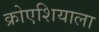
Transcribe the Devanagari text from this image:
क्रोएशियाला